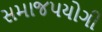
સમાજપયોગી